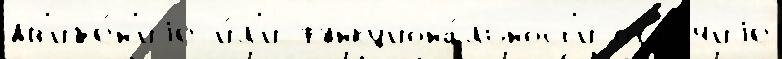
дв'иже́н'иjе и́л'и функциона́льност'и отл'и́чиjе